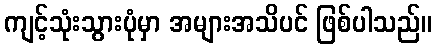
ကျင့်သုံးသွားပုံမှာ အများအသိပင် ဖြစ်ပါသည်။